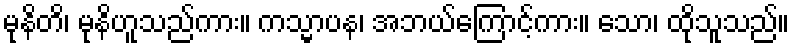
မုနိတိ၊ မုနိဟူသည်ကား။ ကသ္မာပန၊ အဘယ်ကြောင့်ကား။ သော၊ ထိုသူသည်။